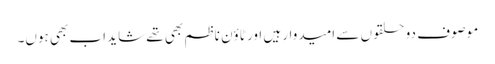
موصوف دو حلقوں سے امیدوار ہیں اور ٹاؤن ناظم بھی تھے شاید اب بھی ہوں۔